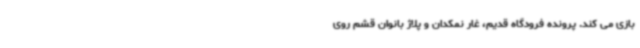
بازی می کند. پرونده فرودگاه قدیم، غار نمکدان و پلاژ بانوان قشم روی